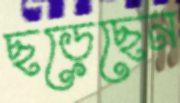
ছড়েছেন